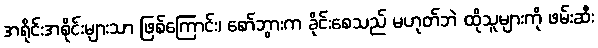
အရိုင်းအစိုင်းများသာ ဖြစ်ကြောင်း၊ စော်ဘွားက ခိုင်းစေသည် မဟုတ်ဘဲ ထိုသူများကို ဖမ်းဆီး